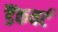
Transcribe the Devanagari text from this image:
डैंकवर्ट